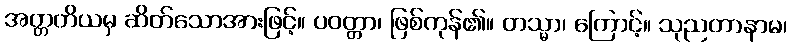
အတ္တတိယမှ ဆိတ်သောအားဖြင့်။ ပဝတ္တာ၊ ဖြစ်ကုန်၏။ တသ္မာ၊ ကြောင့်။ သုညတာနာမ၊